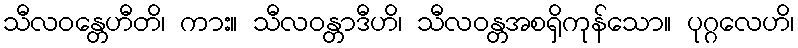
သီလဝန္တေဟီတိ၊ ကား။ သီလဝန္တာဒီဟိ၊ သီလဝန္တအစရှိကုန်သော။ ပုဂ္ဂလေဟိ၊